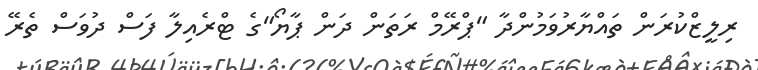
ރިލީޒްކުރަން ތައްޔާރުވަމުންދާ "ޕްރޭމް ރަތަން ދަން ޕާޔޯ"ގެ ޓްރެއިލާ ފަސް ދުވަސް ތެރޭ